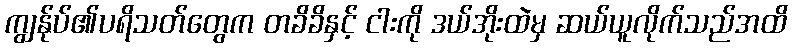
ကျွန်ုပ်၏ပရိသတ်တွေက တခိခိနှင့် ငါးကို ဒယ်အိုးထဲမှ ဆယ်ယူလိုက်သည်အထိ